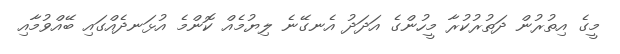
މީގެ އިތުރުން ދަތުރުކުރާ މީހުންގެ އަދަދު އެނގޭނެ ލިޔުމެއް ކޮންމެ އުޅަނދެއްގައި ބޭއްވުމާއި